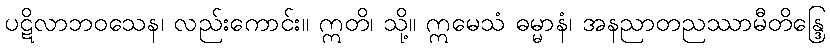
ပဋိလာဘဝသေန၊ လည်းကောင်း။ ဣတိ၊ သို့။ ဣမေသံ ဓမ္မာနံ၊ အနညာတညဿာမီတိန္ဒြေ